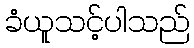
ခံယူသင့်ပါသည်